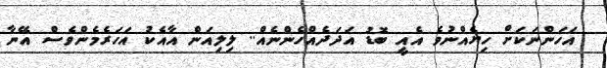
އަހަންނަކަށް ހިޔެއްނުވެ އެއީ ބޮޑު އަދަދެއްހެންނެއް.. ލިލިއަން އާއެކު އަހަރެމެންވެސް އޭނާ